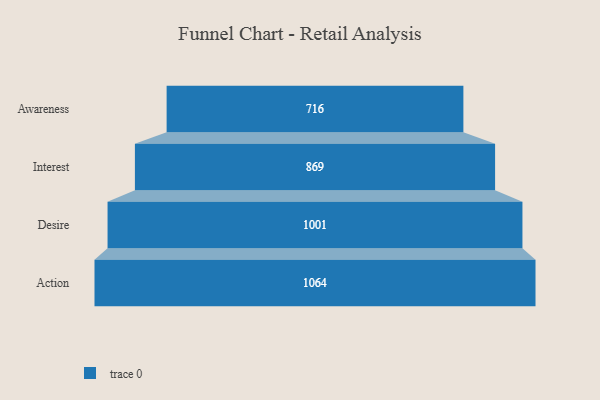
{"axis": {"x": "Stage", "y": "Value"}, "legend": [""], "data": [{"x": "Awareness", "y": 716.0, "type": ""}, {"x": "Interest", "y": 869.0, "type": ""}, {"x": "Desire", "y": 1001.0, "type": ""}, {"x": "Action", "y": 1064.0, "type": ""}]}